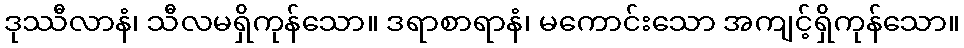
ဒုဿီလာနံ၊ သီလမရှိကုန်သော။ ဒရာစာရာနံ၊ မကောင်းသော အကျင့်ရှိကုန်သော။